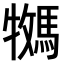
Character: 𫘎